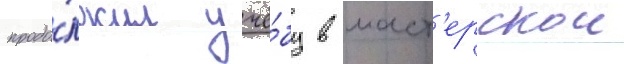
продо́лжил учё́бу в маст'ерскои